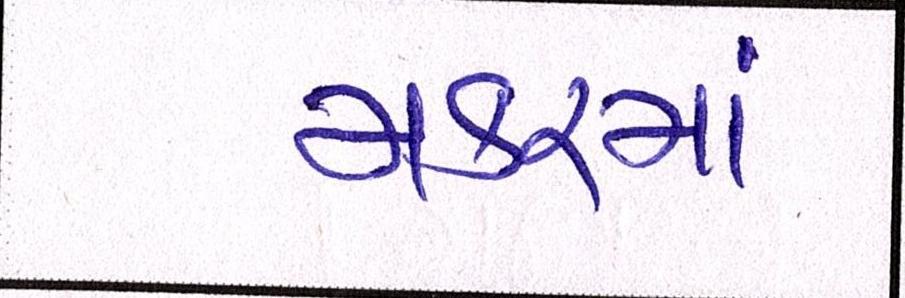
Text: મકરમાં